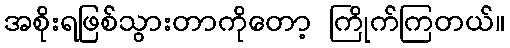
အစိုးရဖြစ်သွားတာကိုတော့ ကြိုက်ကြတယ်။